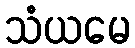
သံယမေ